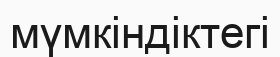
мүмкіндіктегі